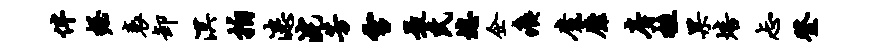
伴握衰卸溟拍漶浣芳雪最氏熄企痍魔靡房挂果培忐登